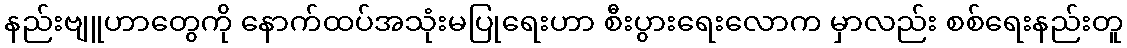
နည်းဗျူဟာတွေကို နောက်ထပ်အသုံးမပြုရေးဟာ စီးပွားရေးလောက မှာလည်း စစ်ရေးနည်းတူ